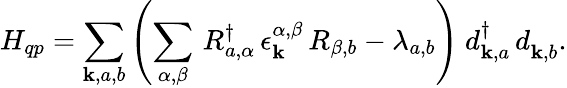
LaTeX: H_{qp}=\sum_{\mathbf{k},a,b}\left(\sum_{\alpha,\beta}\, R_{a,\alpha}^{\dagger}\, \epsilon_{\mathbf{k}}^{\alpha,\beta}\, R_{\beta,b}-\lambda_{a,b}\right)\ d_{\mathbf{k},a}^{\dagger}\, d_{\mathbf{k},b}^{\phantom{\dagger}}.